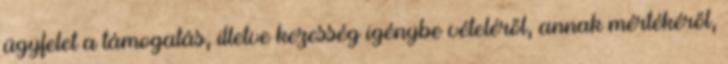
ügyfelet a támogatás, illetve kezesség igénybe vételéről, annak mértékéről,